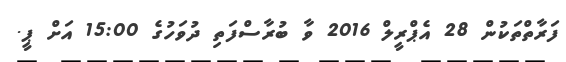
ފަރާތްތަކުން 28 އެޕްރީލް 2016 ވާ ބުރާސްފަތި ދުވަހުގެ 15:00 އަށް ޕީ.